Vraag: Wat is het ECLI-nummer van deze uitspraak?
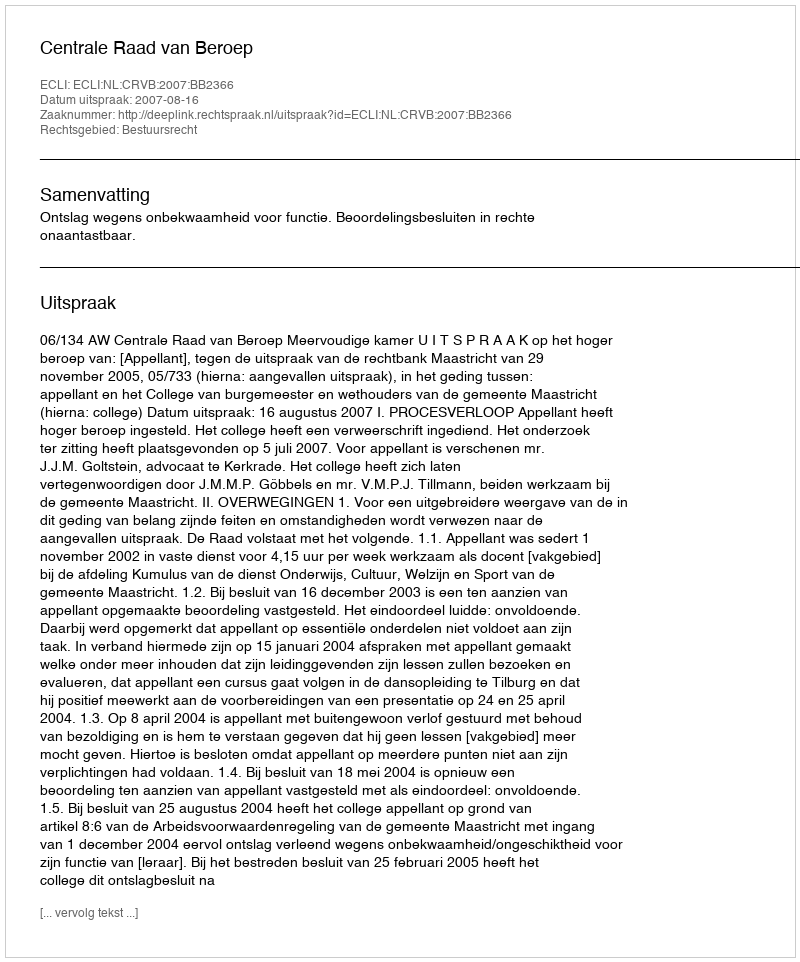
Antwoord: ECLI:NL:CRVB:2007:BB2366